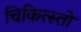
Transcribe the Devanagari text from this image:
चिकित्स्तो